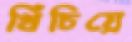
খিঁচিয়ে